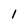
Character: 1